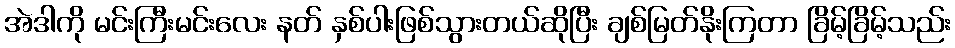
အဲဒါကို မင်းကြီးမင်းလေး နတ် နှစ်ပါးဖြစ်သွားတယ်ဆိုပြီး ချစ်မြတ်နိုးကြတာ ခြိမ့်ခြိမ့်သည်း